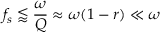
f _ { s } \lessapprox \frac { \omega } { Q } \approx \omega ( 1 - r ) \ll \omega